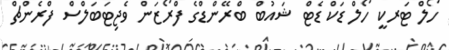
ހޯލް ޓަރކީ ހޯލް ޑަކް ޑެޓް ޝައުބް ބްރޭންޑްގެ ފްރޯޒަން ވެޖިޓަބަލްސް ފްރެންޗް